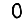
Digit: 0